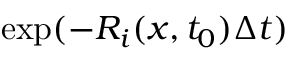
\exp ( - R _ { i } ( x , t _ { 0 } ) \Delta t )